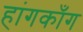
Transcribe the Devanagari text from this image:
हांगकाँग